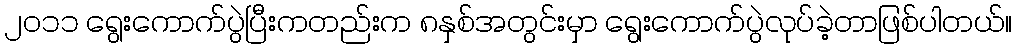
၂၀၁၁ ရွေးကောက်ပွဲပြီးကတည်းက ၈နှစ်အတွင်းမှာ ရွေးကောက်ပွဲလုပ်ခဲ့တာဖြစ်ပါတယ်။